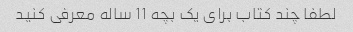
لطفا چند کتاب برای یک بچه 11 ساله معرفی کنید